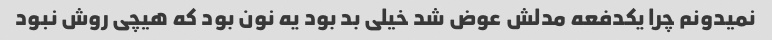
نمیدونم چرا یکدفعه مدلش عوض شد خیلی بد بود یه نون بود که هیچی روش نبود